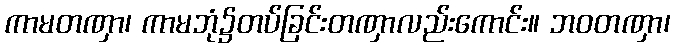
ကာမတဏှာ၊ ကာမဘုံ၌တပ်ခြင်းတဏှာလည်းကောင်း။ ဘဝတဏှာ၊